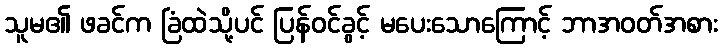
သူမ၏ ဖခင်က ခြံထဲသို့ပင် ပြန်ဝင်ခွင့် မပေးသောကြောင့် ဘာအဝတ်အစား